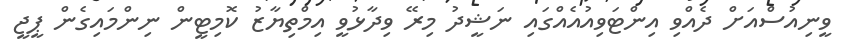
ވީނިއުސްއަށް ދެއްވި އިންޓަވިއުއެއްގައި ނަޝީދު މިރޭ ވިދާޅުވީ އިމްތިޔާޒު ކޮމިޓީން ނިންމައިގެން ޕީޖީ